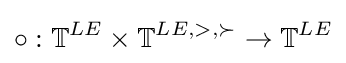
\circ :\mathbb {T} ^{LE}\times \mathbb {T} ^{LE,>,\succ }\to \mathbb {T} ^{LE}